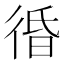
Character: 𰐲